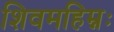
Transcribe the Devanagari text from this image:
शिवमहिम्नः